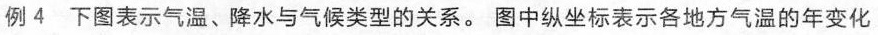
例4 下图表示气温、降水与气候类型的关系。图中纵坐标表示各地方气温的年变化